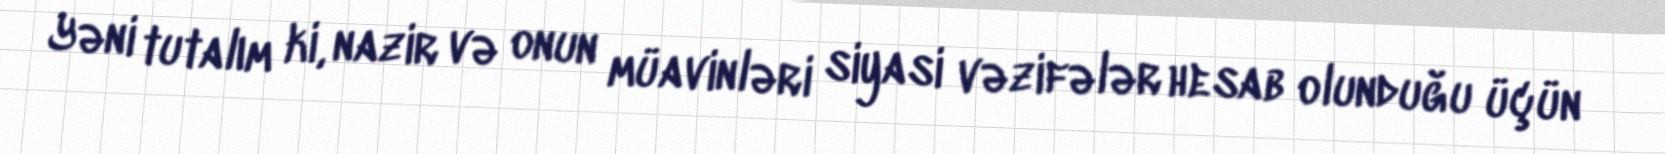
Yəni tutalım ki, nazir və onun müavinləri siyasi vəzifələr hesab olunduğu üçün